Plague in India, 1896, 1897 - Volume 1
Year: 1896
Disease focus: Plague
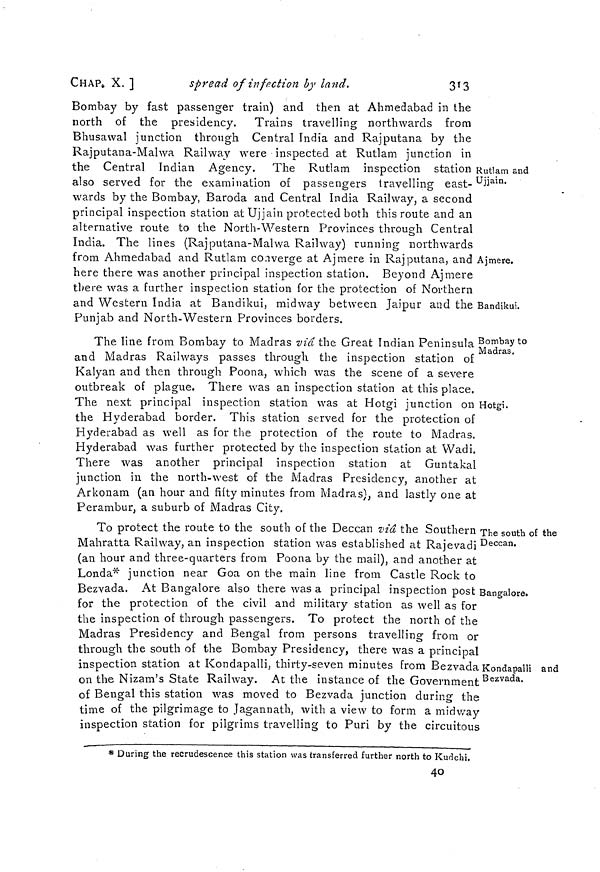
CHAP. X. ]
spread of infection by land.
313
Rutlam and
Ujjain.
Ajmere.
Bandikui.
Bombay by fast passenger train) and then at Ahmedabad in the
north of the presidency. Trains travelling northwards from
Bhusawal junction through Central India and Rajputana by the
Rajputana-Malwa Railway were inspected at Rutlam junction in
the Central Indian Agency. The Rutlam inspection station
also served for the examination of passengers travelling east-
wards by the Bombay, Baroda and Central India Railway, a second
principal inspection station at Ujjain protected both this route and an
alternative route to the North-Western Provinces through Central
India. The lines (Rajputana-Malwa Railway) running northwards
from Ahmedabad and Rutlam converge at Ajmere in Rajputana, and
here there was another principal inspection station. Beyond Ajmere
there was a further inspection station for the protection of Northern
and Western India at Bandikui, midway between Jaipur and the
Punjab and North-Western Provinces borders.
Bombay to
Madras.
Hotgi.
The line from Bombay to Madras via the Great Indian Peninsula
and Madras Railways passes through the inspection station of
Kalyan and then through Poona, which was the scene of a severe
outbreak of plague. There was an inspection station at this place.
The next principal inspection station was at Hotgi junction on
the Hyderabad border. This station served for the protection of
Hyderabad as well as for the protection of the route to Madras.
Hyderabad was further protected by the inspection station at Wadi.
There was another principal inspection station at Guntakal
junction in the north-west of the Madras Presidency, another at
Arkonam (an hour and fifty minutes from Madras), and lastly one at
Perambur, a suburb of Madras City.
The south of the
Deccan.
Bangalore.
Kondapalli and
Bezvada.
To protect the route to the south of the Deccan via the Southern '
Mahratta Railway, an inspection station was established at Rajevadi
(an hour and three-quarters from Poona by the mail), and another at
Londa* junction near Goa on the main line from Castle Rock to
Bezvada. At Bangalore also there was a principal inspection post ]
for the protection of the civil and military station as well as for
the inspection of through passengers. To protect the north of the
Madras Presidency and Bengal from persons travelling from or
through the south of the Bombay Presidency, there was a principal
inspection station at Kondapalli, thirty-seven minutes from Bezvada
on the Nizam's State Railway. At the instance of the Government
of Bengal this station was moved to Bezvada junction during the
time of the pilgrimage to Jagannath, with a view to form a midway
inspection station for pilgrims travelling to Puri by the circuitous
* During the recrudescence this station was transferred further north to Kurlchi.
40